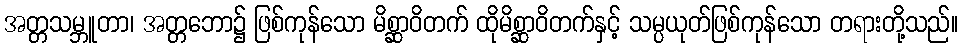
အတ္တသမ္ဘူတာ၊ အတ္တဘော၌ ဖြစ်ကုန်သော မိစ္ဆာဝိတက် ထိုမိစ္ဆာဝိတက်နှင့် သမ္ပယုတ်ဖြစ်ကုန်သော တရားတို့သည်။